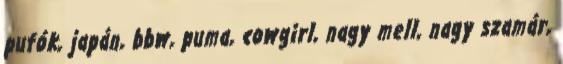
pufók, japán, bbw, puma, cowgirl, nagy mell, nagy szamár,